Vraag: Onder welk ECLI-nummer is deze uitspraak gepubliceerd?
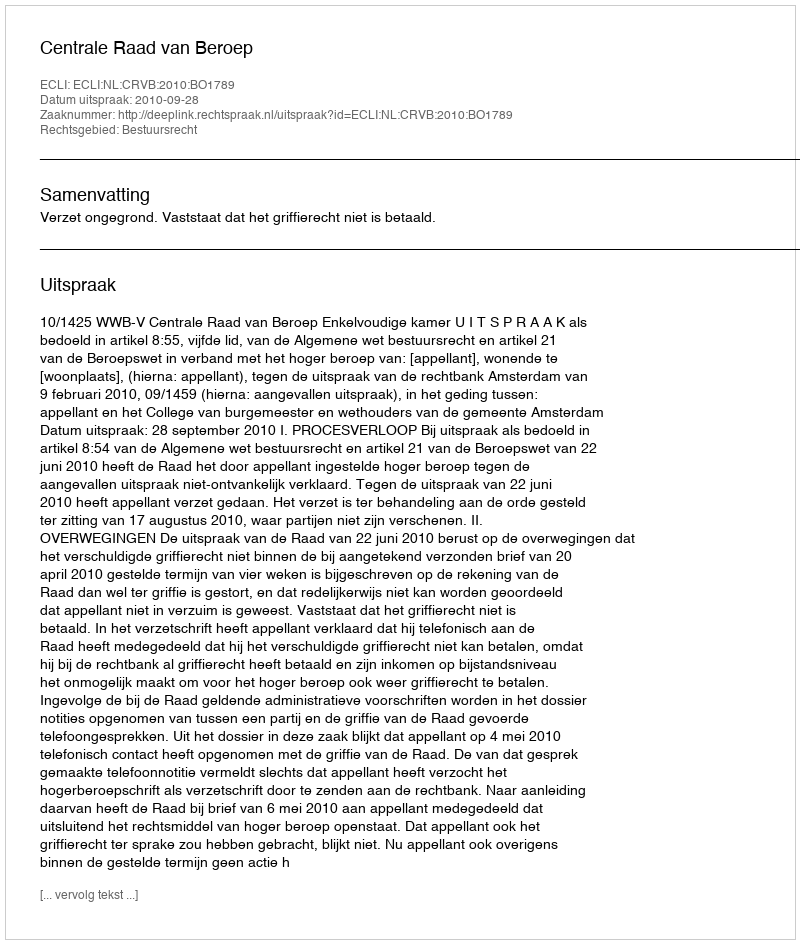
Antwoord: ECLI:NL:CRVB:2010:BO1789